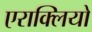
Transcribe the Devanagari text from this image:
एराक्लियो